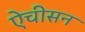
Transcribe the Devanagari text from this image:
ऐचीसन